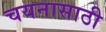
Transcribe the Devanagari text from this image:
चयनासाठी